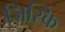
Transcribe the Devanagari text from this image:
जिस्कि